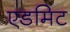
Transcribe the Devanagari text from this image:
एडमिट